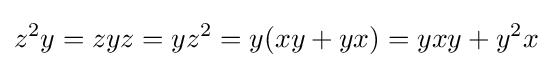
z^{2}y=zyz=yz^{2}=y(xy+yx)=yxy+y^{2}x